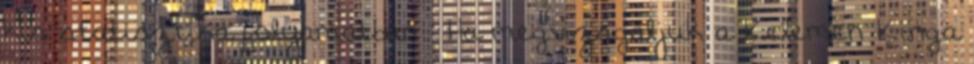
kis statisztika folyamatban : Ha megvizsgáljuk a Kelemen Kinga